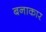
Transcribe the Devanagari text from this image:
बनाकार